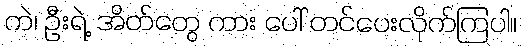
ကဲ၊ ဦးရဲ့ အိတ်တွေ ကား ပေါ် တင်ပေးလိုက်ကြပါ။